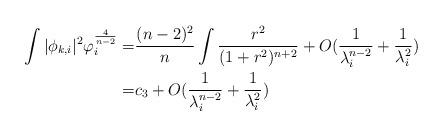
LaTeX: \begin{align*}\int \vert \phi_{k,i}\vert^{2}\varphi_{i}^{\frac{4}{n-2}}= &\frac{(n-2)^{2}}{n}\int \frac{r^{2}}{(1+r^{2})^{n+2}}+O(\frac{1}{\lambda_{i}^{n-2}}+\frac{1}{\lambda_{i}^{2}})\\= &c_{3}+O(\frac{1}{\lambda_{i}^{n-2}}+\frac{1}{\lambda_{i}^{2}})\end{align*}